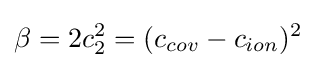
\beta =2c_{2}^{2}=(c_{cov}-c_{ion})^{2}